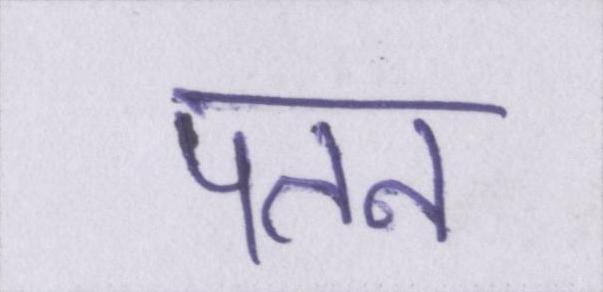
पतन